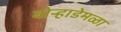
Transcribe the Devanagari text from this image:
बोऱ्हाडेमळा